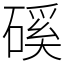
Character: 磎